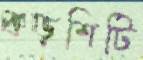
বড়শিটি